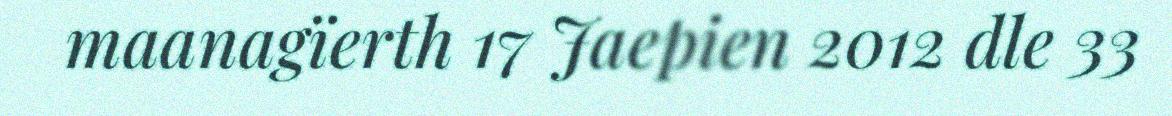
maanagïerth 17 Jaepien 2012 dle 33